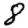
Digit: 8